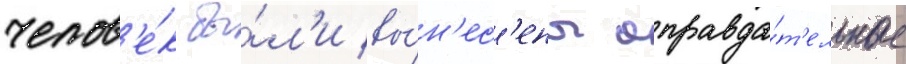
челов'е́к бы́л'и вы́н'ес'ены оправда́т'ельные